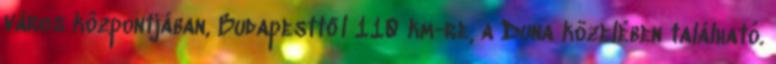
város központjában, Budapesttől 110 km-re, a Duna közelében található.